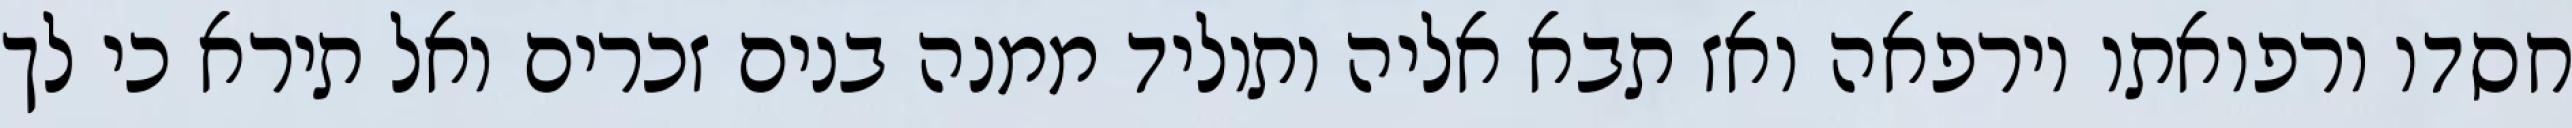
חסדו ורפואתו וירפאה ואז תבא אליה ותוליד ממנה בנים זכרים ואל תירא כי לך